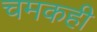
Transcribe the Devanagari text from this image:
चमकही